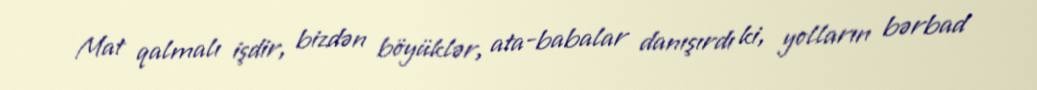
Mat qalmalı işdir, bizdən böyüklər, ata-babalar danışırdı ki, yolların bərbad